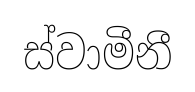
ස්වාමීනී